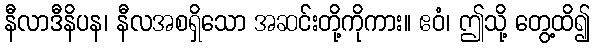
နီလာဒီနိပန၊ နီလအစရှိသော အဆင်းတို့ကိုကား။ ဧဝံ၊ ဤသို့ တွေ့ထိ၍